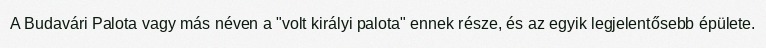
A Budavári Palota vagy más néven a "volt királyi palota" ennek része, és az egyik legjelentősebb épülete.